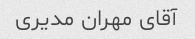
آقای مهران مدیری